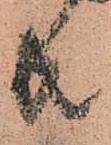
共